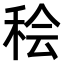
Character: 𫞷